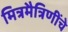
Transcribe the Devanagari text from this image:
मित्रमैत्रिणींचे